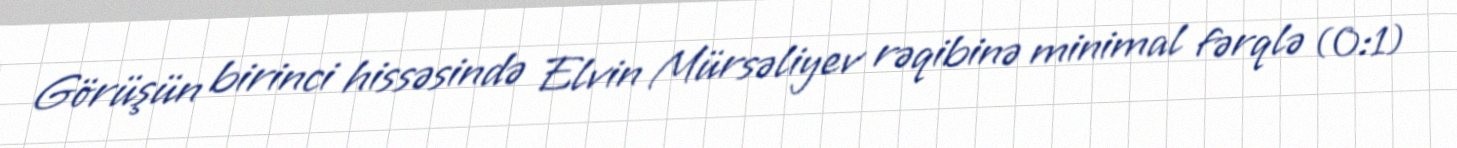
Görüşün birinci hissəsində Elvin Mürsəliyev rəqibinə minimal fərqlə (0:1)